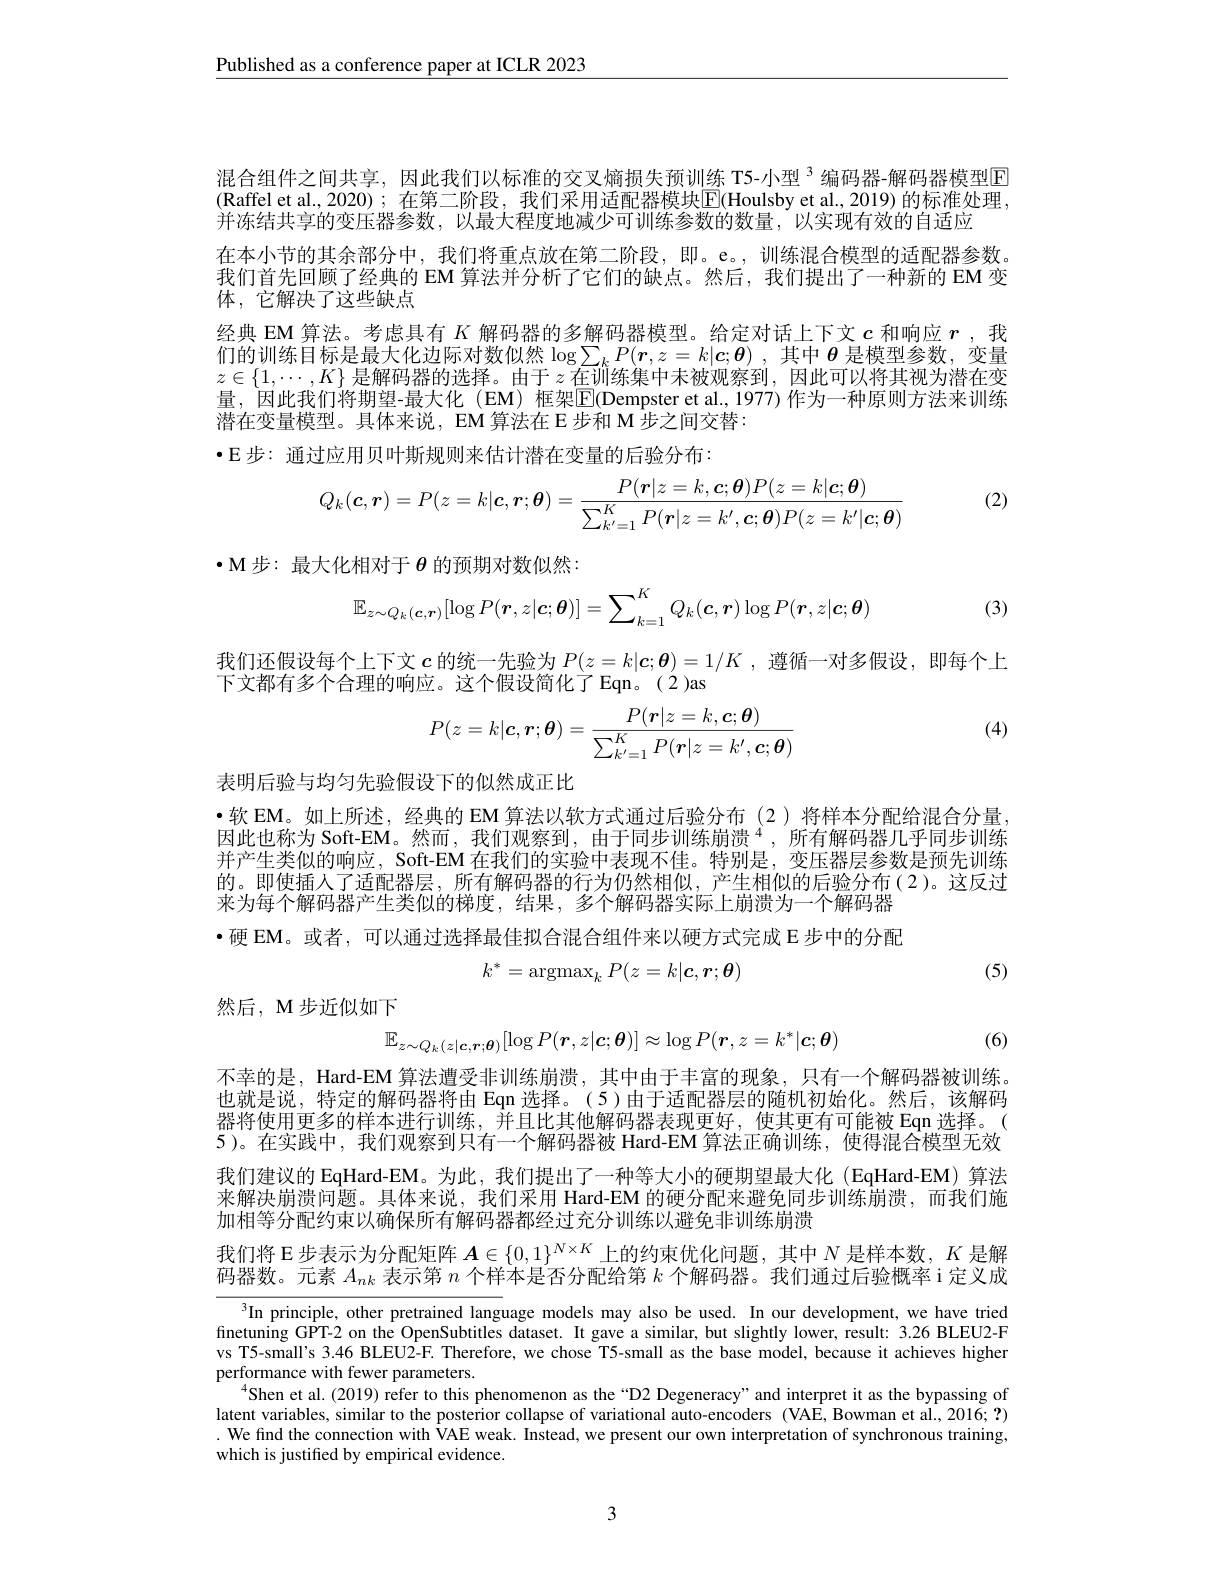
$\underline{\text{Published as a conference paper at ICLR 2023}}$

混合组件之间共享，因此我们以标准的交叉熵损失预训练 T5-小型$^{3}$编码器-解码器模型[E] (Raffel et al.,2020);在第二阶段，我们采用适配器模块$\overline{\mathrm{E}}($Houlsby et al.,2019) 的标准处理， 并冻结共享的变压器参数，以最大程度地减少可训练参数的数量，以实现有效的自适应
在本小节的其余部分中，我们将重点放在第二阶段，即。e。,训练混合模型的适配器参数。我们首先回顾了经典的 EM 算法并分析了它们的缺点。然后，我们提出了一种新的 EM 变体，它解决了这些缺点
经典 EM 算法。考虑具有$K$解码器的多解码器模型。给定对话上下文$c$和响应$r$ ,我们的训练目标是最大化边际对数似然$\log\sum_kP(\boldsymbol{r},z=k|\boldsymbol{c};\boldsymbol{\theta})$ ,其中 $\boldsymbol{\theta}$ 是模型参数，变量$z\in\{1,\cdots,K\}$是解码器的选择。由于$z$在训练集中未被观察到，因此可以将其视为潜在变量，因此我们将期望-最大化(EM) 框架$\boxed{\mathrm{F}}($Dempster et al.,1977)作为一种原则方法来训练潜在变量模型。具体来说，EM 算法在 E 步和 M 步之间交替：
$•$E 步：通过应用贝叶斯规则来估计潜在变量的后验分布：

(2)
$$Q_k(\boldsymbol{c},\boldsymbol{r})=P(z=k|\boldsymbol{c},\boldsymbol{r};\boldsymbol{\theta})=\frac{P(\boldsymbol{r}|z=k,\boldsymbol{c};\boldsymbol{\theta})P(z=k|\boldsymbol{c};\boldsymbol{\theta})}{\sum_{k'=1}^KP(\boldsymbol{r}|z=k',\boldsymbol{c};\boldsymbol{\theta})P(z=k'|\boldsymbol{c};\boldsymbol{\theta})}$$
$\bullet$M步：最大化相对于$\theta$ 的预期对数似然：

(3)
$$\mathbb{E}_{z\sim Q_k(\boldsymbol{c},\boldsymbol{r})}[\log P(\boldsymbol{r},z|\boldsymbol{c};\boldsymbol{\theta})]=\sum_{k=1}^KQ_k(\boldsymbol{c},\boldsymbol{r})\log P(\boldsymbol{r},z|\boldsymbol{c};\boldsymbol{\theta})$$
我们还假设每个上下文$c$的统一先验为$P(z=k|\boldsymbol{c};\boldsymbol{\theta})=1/K$ ,遵循一对多假设，即每个上

下文都有多个合理的响应。这个假设简化了 Eqn。(2)as

(4)
$$P(z=k|\boldsymbol{c},\boldsymbol{r};\boldsymbol{\theta})=\frac{P(\boldsymbol{r}|z=k,\boldsymbol{c};\boldsymbol{\theta})}{\sum_{k'=1}^KP(\boldsymbol{r}|z=k',\boldsymbol{c};\boldsymbol{\theta})}$$
表明后验与均匀先验假设下的似然成正比
·软 EM。如上所述，经典的 EM 算法以软方式通过后验分布 (2)将样本分配给混合分量， 因此也称为 Soft-EM。然而，我们观察到，由于同步训练崩溃$^{4}$,所有解码器几乎同步训练并产生类似的响应，Soft-EM 在我们的实验中表现不佳。特别是，变压器层参数是预先训练的。即使插人了适配器层，所有解码器的行为仍然相似，产生相似的后验分布(2)。这反过来为每个解码器产生类似的梯度，结果，多个解码器实际上崩溃为一个解码器·硬 EM。或者，可以通过选择最佳拟合混合组件来以硬方式完成 E 步中的分配
$$k^*=\operatorname{argmax}_kP(z=k|\boldsymbol c,\boldsymbol r;\boldsymbol\theta)$$
(5)

然后，M 步近似如下
$$\mathbb{E}_{z\sim Q_{k}(z|\boldsymbol{c},\boldsymbol{r};\boldsymbol{\theta})}[\log P(\boldsymbol{r},z|\boldsymbol{c};\boldsymbol{\theta})]\approx\log P(\boldsymbol{r},z=k^{*}|\boldsymbol{c};\boldsymbol{\theta})$$
(6)

不幸的是，Hard-EM 算法遭受非训练崩溃，其中由于丰富的现象，只有一个解码器被训练。也就是说，特定的解码器将由 Eqn 选择。(5)由于适配器层的随机初始化。然后，该解码器将使用更多的样本进行训练，并且比其他解码器表现更好，使其更有可能被Eqn 选择。( 5)。在实践中，我们观察到只有一个解码器被 Hard-EM 算法正确训练，使得混合模型无效我们建议的 EqHard-EM。为此，我们提出了一种等大小的硬期望最大化 (EqHard-EM) 算法来解决崩溃问题。具体来说，我们采用 Hard-EM 的硬分配来避免同步训练崩溃，而我们施加相等分配约束以确保所有解码器都经过充分训练以避免非训练崩溃
我们将 E 步表示为分配矩阵$\boldsymbol{A}\in\{0,1\}^{N\times K}$上的约束优化问题，其中$N$是样本数，$K$是解码器数。元素$A_{nk}$表示第$n$个样本是否分配给第$k$个解码器。我们通过后验概率 i 定义成

$^{3}$In principle, other pretrained language models may also be used. In our development, we have tried finetuning GPT-2 on the OpenSubtitles dataset. It gave a similar, but slightly lower, result: 3.26 BLEU2-F vs T5-small's 3.46 BLEU2-F. Therefore, we chose T5-small as the base model, because it achieves higher performance with fewer parameters.
$^{4}$Shen et al.(2019) refer to this phenomenon as the “D2 Degeneracy”and interpret it as the bypassing of latent variables, similar to the posterior collapse of variational auto-encoders (VAE, Bowman et al., 2016; ?) . We find the connection with VAE weak. Instead, we present our own interpretation of synchronous training, which is justified by empirical evidence.

3